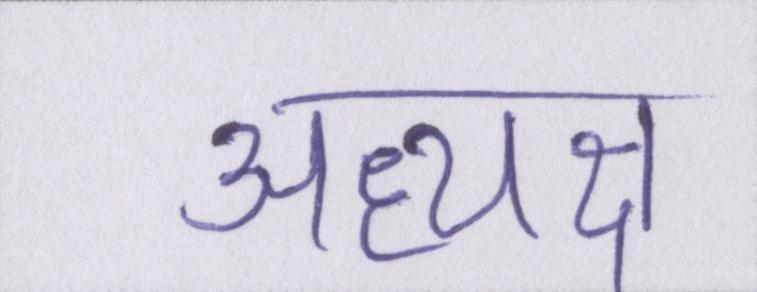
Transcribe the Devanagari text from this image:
अध्यक्ष